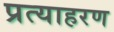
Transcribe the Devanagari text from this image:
प्रत्याहरण